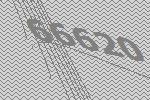
66620